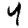
Digit: 4